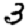
Digit: 3